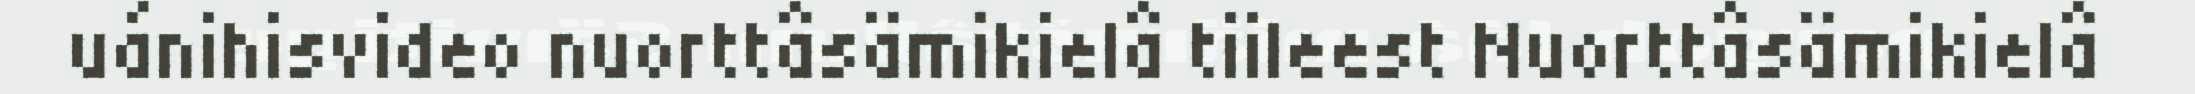
uánihisvideo nuorttâsämikielâ tiileest Nuorttâsämikielâ